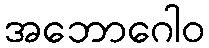
အဘောဂေါဝ